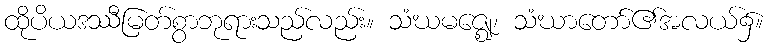
ထိုပိယဒဿီမြတ်စွာဘုရားသည်လည်း။ သံဃမဇ္ဈေ၊ သံဃာတော်၏အလယ်၌။